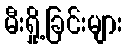
မီးရှို့ခြင်းများ